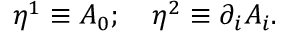
\eta ^ { 1 } \equiv A _ { 0 } ; ~ ~ ~ \eta ^ { 2 } \equiv \partial _ { i } A _ { i } .